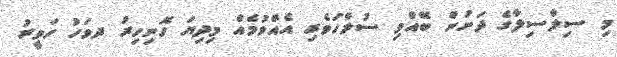
މި ސިލްސިލާގެ ދަށުން ބޭއްވި ސުލްހަވެރި އެއްވުމެއް މިދިޔަ ހޮނިހިރު ދވަހު ހަވީރު